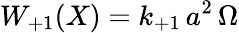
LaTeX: W_{+1}(X)=k_{+1}\, a^{2}\, \Omega